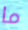
ما